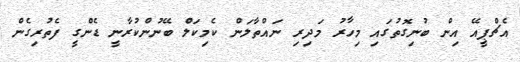
އެޗްޕީއޭ އިން ބުނިގޮތުގައި މިހާރު މަދިރި ނައްތާލަން ކެމިކަލް ބޭނުންކުރާނީ ޑެންގީ ފެތުރިގެން